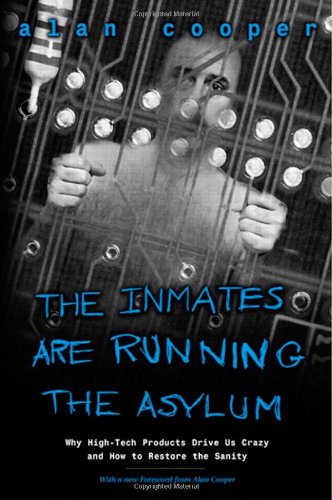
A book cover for The Inmates Are Running the Asylum: Why High Tech Products Drive Us Crazy and How to Restore the Sanity; Alan Cooper; Computers & Technology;